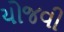
યોજવી